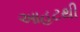
આહટથી